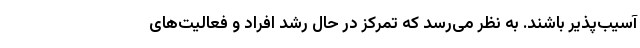
آسیب‌پذیر باشند. به نظر می‌رسد که تمرکز در حال رشد افراد و فعالیت‌های